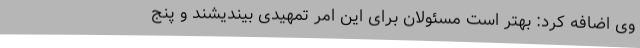
وی اضافه کرد: بهتر است مسئولان برای این امر تمهیدی بیندیشند و پنج